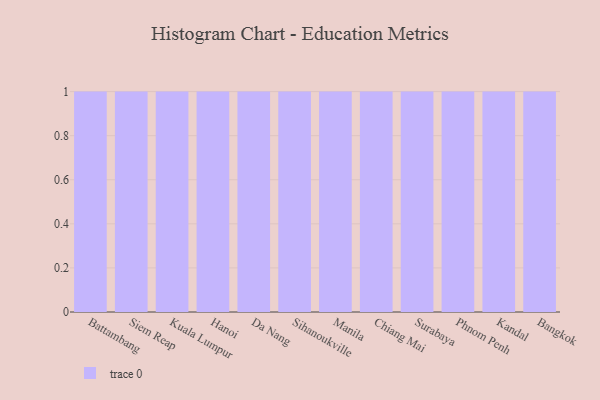
{"axis": {"x": "City", "y": "Humidity (%)"}, "legend": [""], "data": [{"x": "Battambang", "y": 36, "type": ""}, {"x": "Siem Reap", "y": 66, "type": ""}, {"x": "Kuala Lumpur", "y": 72, "type": ""}, {"x": "Hanoi", "y": 29, "type": ""}, {"x": "Da Nang", "y": 68, "type": ""}, {"x": "Sihanoukville", "y": 9, "type": ""}, {"x": "Manila", "y": 48, "type": ""}, {"x": "Chiang Mai", "y": 23, "type": ""}, {"x": "Surabaya", "y": 96, "type": ""}, {"x": "Phnom Penh", "y": 68, "type": ""}, {"x": "Kandal", "y": 60, "type": ""}, {"x": "Bangkok", "y": 86, "type": ""}]}